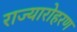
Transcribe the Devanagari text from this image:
राज्यारोहरण